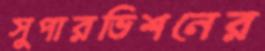
সুপারভিশনের